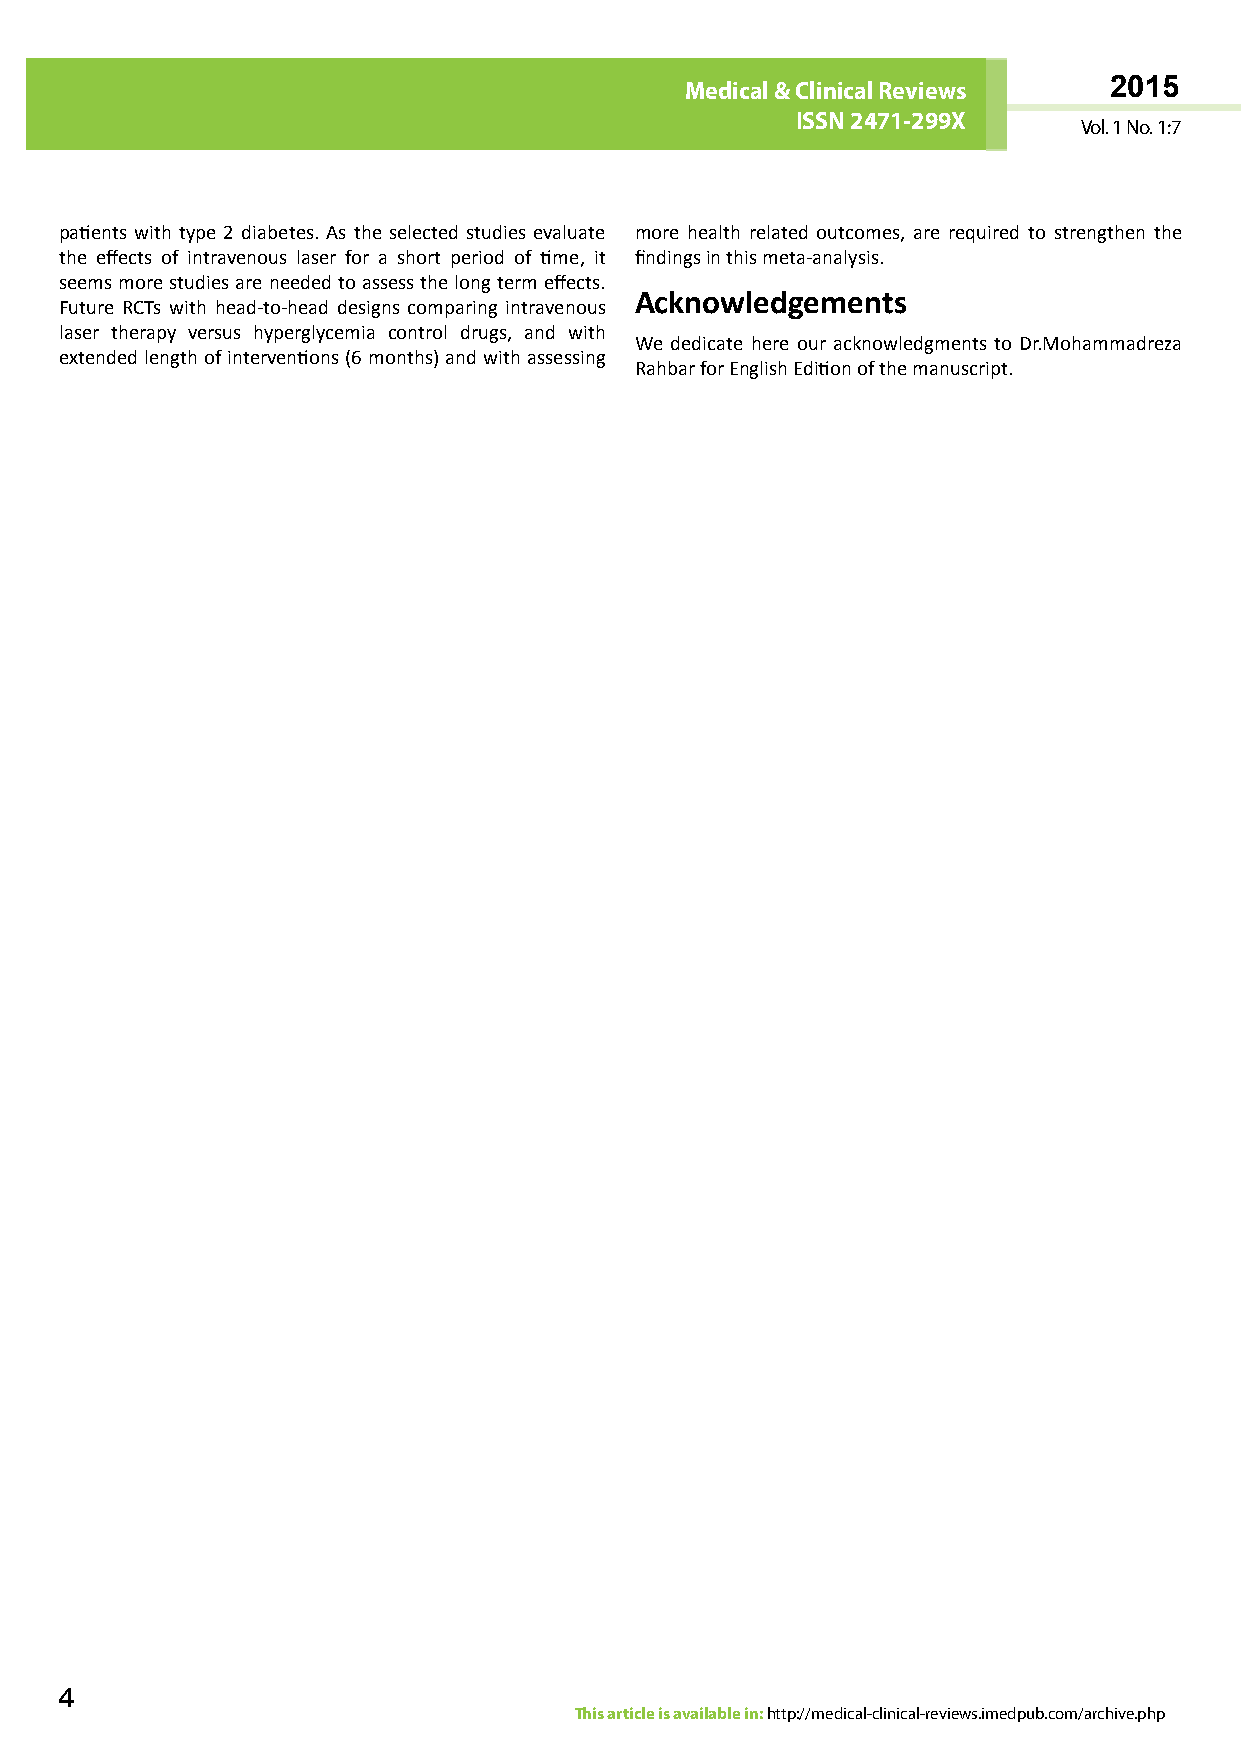
MeAdiRcCaHl &IV COliSn DicEa lM REeDviIeCwINsA 2015
 ISISSNSN 2 417619-82-9994X65
 Vol. 1 No. 1:7
 patients with type 2 diabetes. As the selected studies evaluate more health related outcomes, are required to strengthen the
 the effects of intravenous laser for a short period of time, it findings in this meta-analysis.
 seems more studies are needed to assess the long term effects.
 Acknowledgements
 Future RCTs with head-to-head designs comparing intravenous
 laser therapy versus hyperglycemia control drugs, and with
 We dedicate here our acknowledgments to Dr.Mohammadreza
 extended length of interventions (6 months) and with assessing
 Rahbar for English Edition of the manuscript.
 4
 This article is available in: http://medical-clinical-reviews.imedpub.com/archive.php